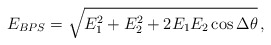
\begin{align*}E_{BPS}=\sqrt{E_1^2+E_2^2+2E_1E_2\cos\Delta\theta}\,,\end{align*}